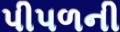
પીપળની